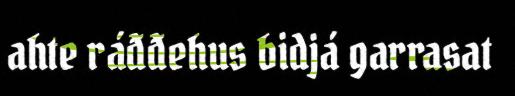
ahte ráđđehus bidjá garrasat